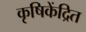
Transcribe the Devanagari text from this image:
कृषिकेंद्रित